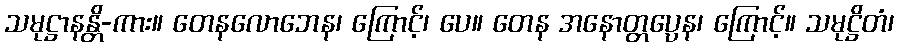
သမုဋ္ဌာနန္တိ-ကား။ တေနလောဘေန၊ ကြောင့်၊ ပေ။ တေန အနောတ္တပ္ပေန၊ ကြောင့်။ သမုဋ္ဌိတံ၊